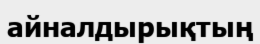
айналдырықтың